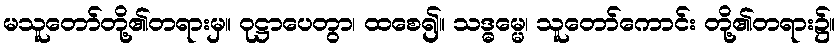
မသူတော်တို့၏တရားမှ။ ဝုဋ္ဌာပေတွာ၊ ထစေ၍။ သဒ္ဓမ္မေ၊ သူတော်ကောင်း တို့၏တရား၌။